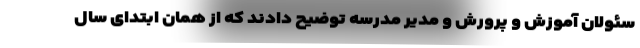
سئولان آموزش و پرورش و مدیر مدرسه توضیح دادند که از همان ابتدای سال